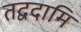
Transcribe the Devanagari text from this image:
तद्वदामि